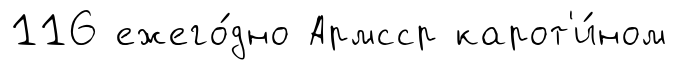
116 ежего́дно Армсср карот'и́ном